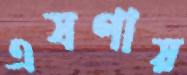
এষণায়